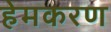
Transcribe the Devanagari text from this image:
हेमकरण